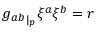
{ g _ { a b } } _ { | _ { p } } \xi ^ { a } \xi ^ { b } = r